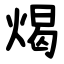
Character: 㷎